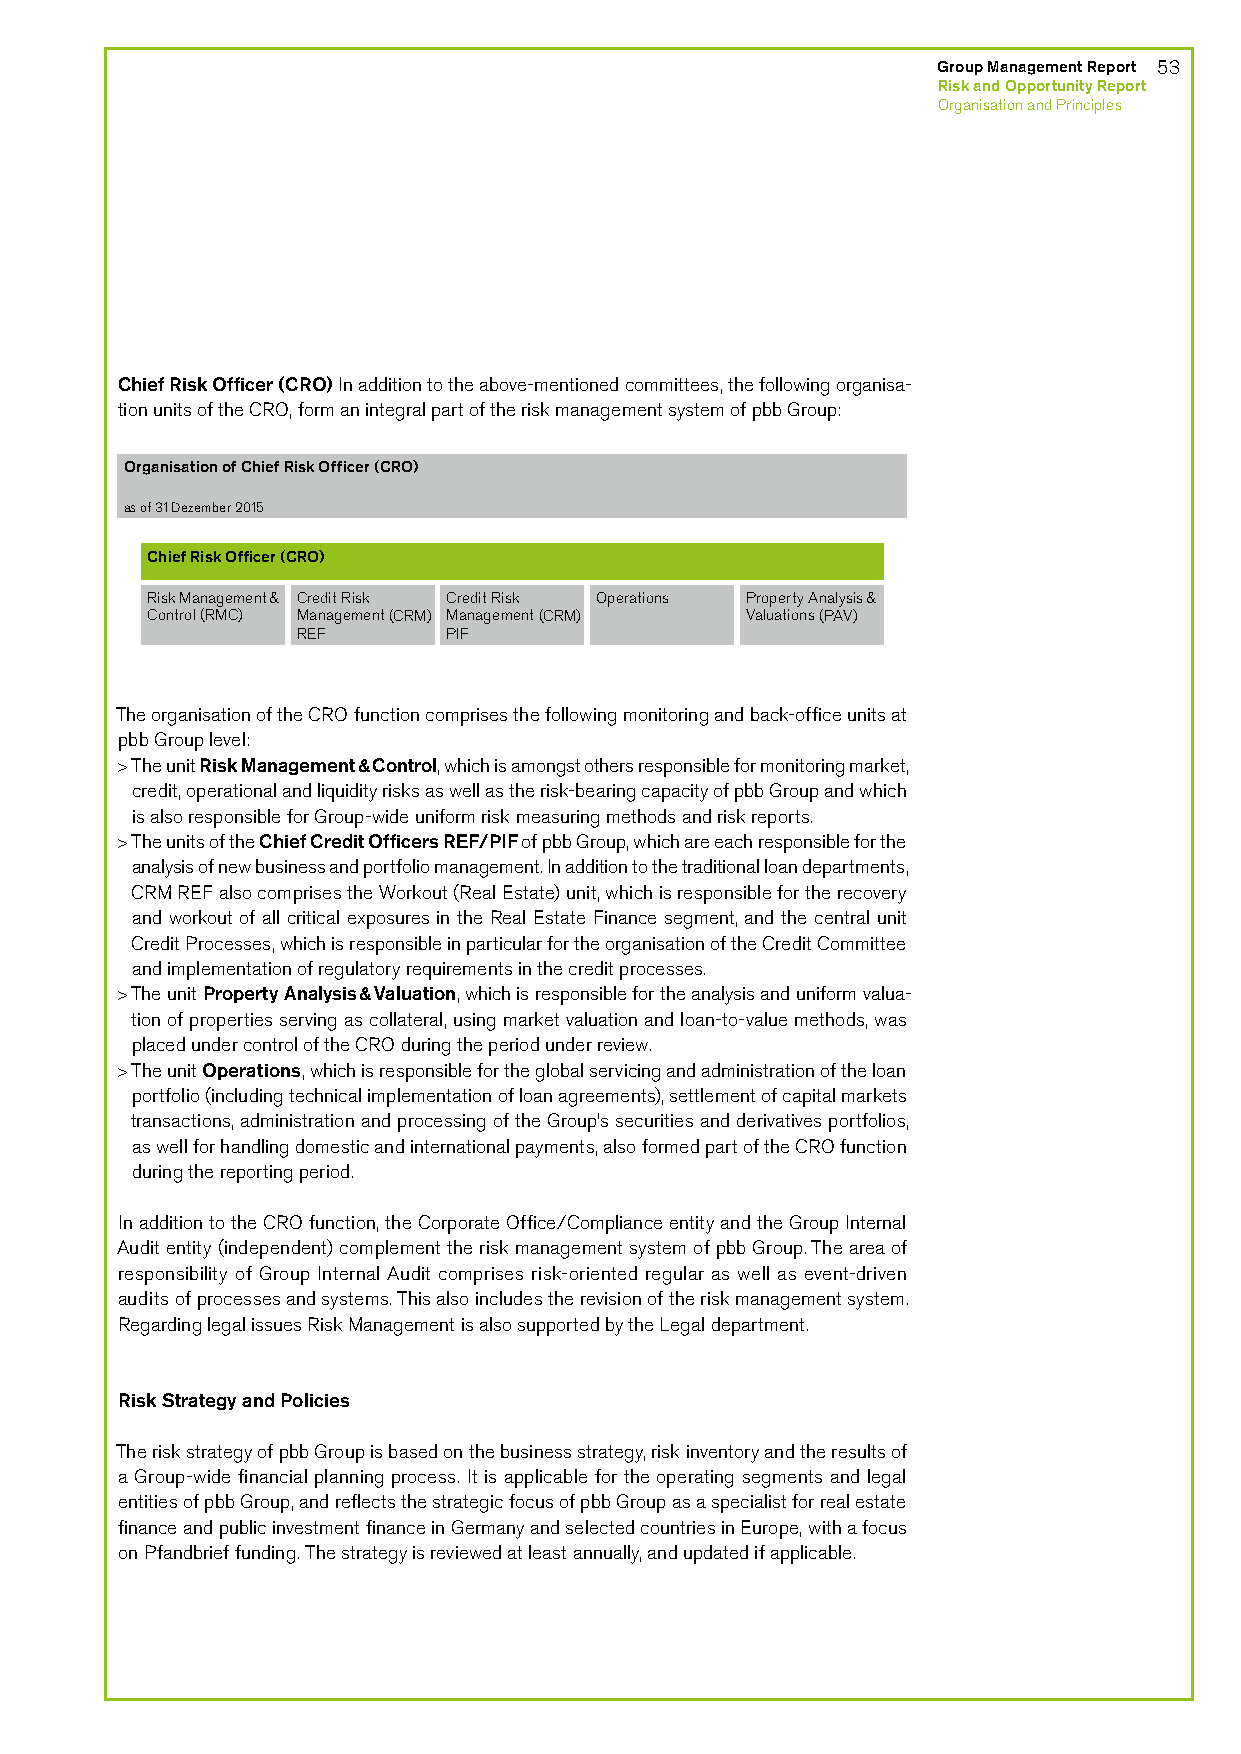
Organisation des Chief Risk Officers (CRO)
 Stand 31. Dezember 2015
 Chief Risk Officer (CRO)
 Group Management Report 53
 Risk Management & Credit Risk Credit Risk Operations Property Analysis & Risk and Opportunity Report
 Control (RMC) Management (CRM) Management (CRM) Valuations (PAV) Organisation and Principles
 REF       PIF
 Chief Risk Officer (CRO) In addition to the above-mentioned committees, the following organisa-
 tion units of the CRO, form an integral part of the risk management system of pbb Group:
 Organisation of Chief Risk Officer (CRO)
 as of 31 Dezember 2015
 Chief Risk Officer (CRO)
 Risk Management & Credit Risk Credit Risk Operations Property Analysis &
 Control (RMC) Management (CRM) Management (CRM) Valuations (PAV)
 REF       PIF
 The organisation of the CRO function comprises the following monitoring and back-office units at
 pbb Group level:
 > The unit Risk Management & Control, which is amongst others responsible for monitoring market,
 credit, operational and liquidity risks as well as the risk-bearing capacity of pbb Group and which
 is also responsible for Group-wide uniform risk measuring methods and risk reports.
 > The units of the Chief Credit Officers REF/PIF of pbb Group, which are each responsible for the
 analysis of new business and portfolio management. In addition to the traditional loan departments,
 CRM REF also comprises the Workout (Real Estate) unit, which is responsible for the recovery
 and workout of all critical exposures in the Real Estate Finance segment, and the central unit
 Credit Processes, which is responsible in particular for the organisation of the Credit Committee
 and implementation of regulatory requirements in the credit processes.
 > The unit Property Analysis & Valuation, which is responsible for the analysis and uniform valua-
 tion of properties serving as collateral, using market valuation and loan-to-value methods, was
 placed under control of the CRO during the period under review.
 > The unit Operations, which is responsible for the global servicing and administration of the loan
 portfolio (including technical implementation of loan agreements), settlement of capital markets
 transactions, administration and processing of the Group’s securities and derivatives portfolios,
 as well for handling domestic and international payments, also formed part of the CRO function
 during the reporting period.
 In addition to the CRO function, the Corporate Office/Compliance entity and the Group Internal
 Audit entity (independent) complement the risk management system of pbb Group. The area of
 responsibility of Group Internal Audit comprises risk-oriented regular as well as event-driven
 audits of processes and systems. This also includes the revision of the risk management system.
 Regarding legal issues Risk Management is also supported by the Legal department.
 Risk Strategy and Policies
 The risk strategy of pbb Group is based on the business strategy, risk inventory and the results of
 a Group-wide financial planning process. It is applicable for the operating segments and legal
 entities of pbb Group, and reflects the strategic focus of pbb Group as a specialist for real estate
 finance and public investment finance in Germany and selected countries in Europe, with a focus
 on Pfandbrief funding. The strategy is reviewed at least annually, and updated if applicable.